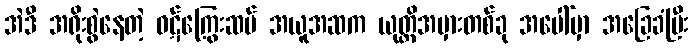
အဲဒီ အရိုးစွဲနေတဲ့ ဝဋ်ကြွေးဆပ် အယူအဆက ယုတ္တိအမှားတစ်ခု အပေါ်မှာ အခြေခံပြီး